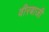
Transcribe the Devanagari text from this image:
वीरबाजी